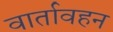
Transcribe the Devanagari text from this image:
वार्तावहन